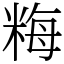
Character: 䊈